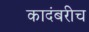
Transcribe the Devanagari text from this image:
कादंबरीच